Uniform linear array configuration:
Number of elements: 32
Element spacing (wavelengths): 1
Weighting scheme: hann
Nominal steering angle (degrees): -45
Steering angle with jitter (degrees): -44.51
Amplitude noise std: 0.05
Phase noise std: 0.05

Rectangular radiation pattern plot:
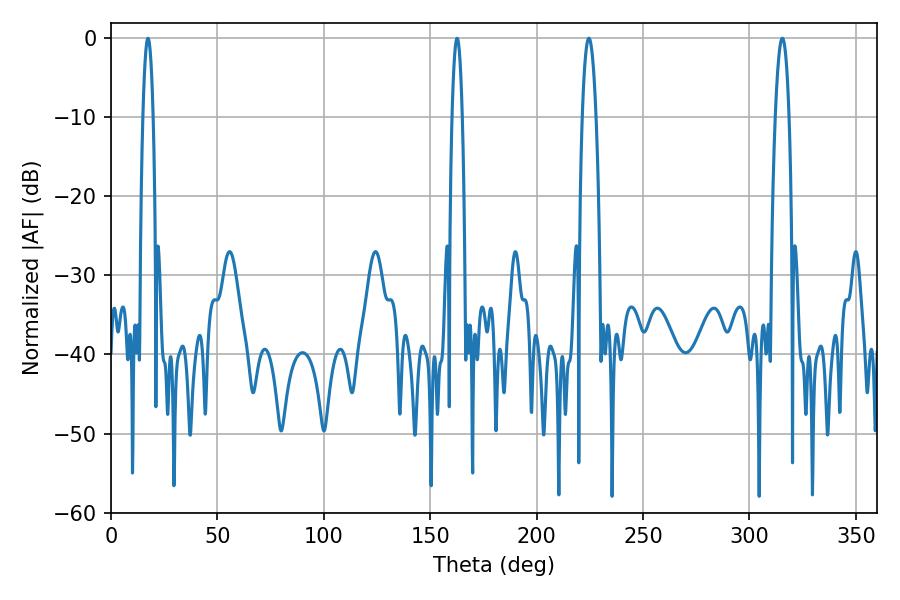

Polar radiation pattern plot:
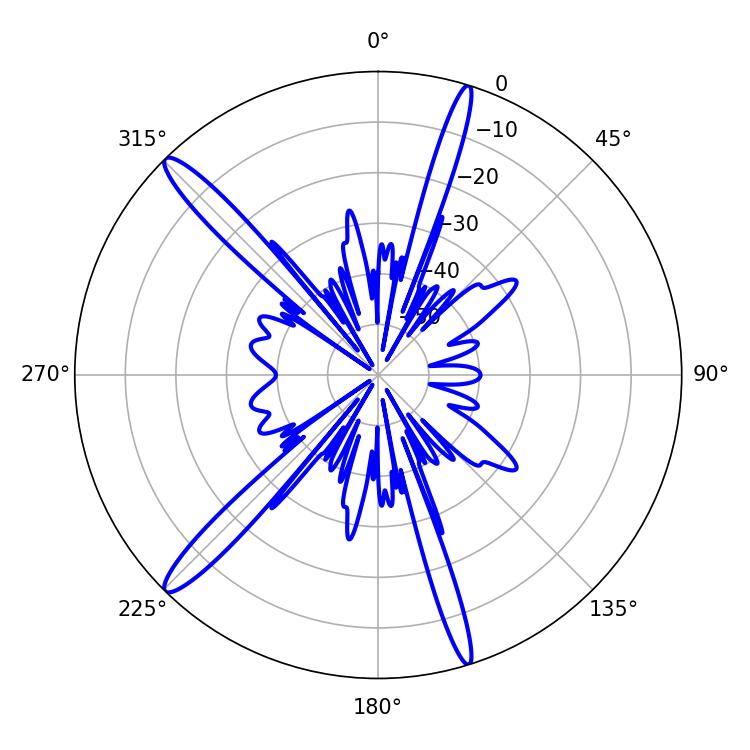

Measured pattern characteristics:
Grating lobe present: TRUE
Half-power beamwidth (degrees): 3.6
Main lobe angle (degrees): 224.46